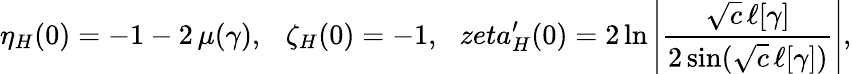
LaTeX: \eta_{H}(0)=-1-2\, \mu(\gamma),\ \ \ \zeta_{H}(0)=-1,\ \ \, zeta_{H}^{\prime}(0)=2\ln\left|\frac{\sqrt{c}\, \ell[\gamma]}{2\sin(\sqrt{c}\, \ell[\gamma])}\right|,